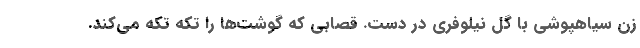
زن سیاهپوشی با گل نیلوفری در دست. قصابی که گوشت‌ها را تکه تکه می‌کند.